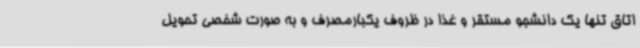
اتاق تنها یک دانشجو مستقر و غذا در ظروف یکبارمصرف و به صورت شخصی تحویل